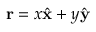
{ \bf r } = x \hat { \bf x } + y \hat { \bf y }